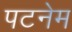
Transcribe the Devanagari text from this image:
पटनेम